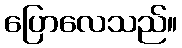
ပြောလေသည်။